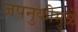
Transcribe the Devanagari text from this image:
जपनुकीमुळे